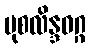
မုစလိန္ဒဝဂ္ဂ